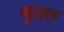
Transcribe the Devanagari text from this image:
मुछ्छ